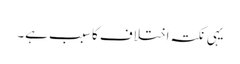
یہی نکتہ اختلاف کا سبب ہے۔